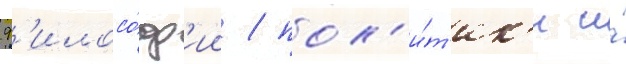
ф'илосо́ф'ии / пол'и́т'ик'и и́